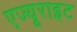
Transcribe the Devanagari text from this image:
एज्यूराइट